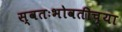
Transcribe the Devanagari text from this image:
स्वतःभोवतीच्या